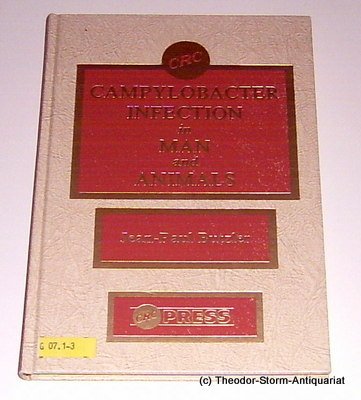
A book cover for Campylobacter Infection In Man & Animals; Jean Paul Butzler; Medical Books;